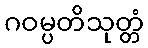
ဂဝမ္ပတိသုတ္တံ